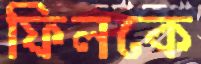
ফিলকে